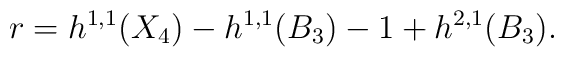
r=h^{1,1}(X_4) - h^{1,1}(B_3) - 1 + h^{2,1}(B_3).